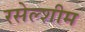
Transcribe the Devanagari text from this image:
रसेल्शीम